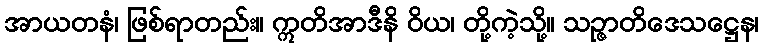
အာယတနံ၊ ဖြစ်ရာတည်း။ ဣတိအာဒီနိ ဝိယ၊ တို့ကဲ့သို့။ သဉ္ဇာတိဒေသဋ္ဌေန၊